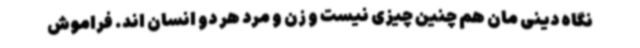
نگاه دینی مان هم چنین چیزی نیست و زن و مرد هر دو انسان اند. فراموش